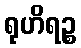
ရုဟိရဉ္စ